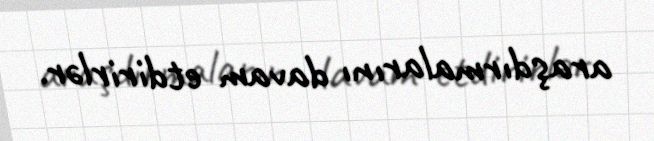
araşdırmalarını davam etdirirlər.